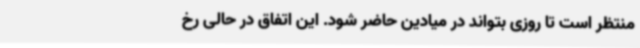
منتظر است تا روزی بتواند در میادین حاضر شود. این اتفاق در حالی رخ